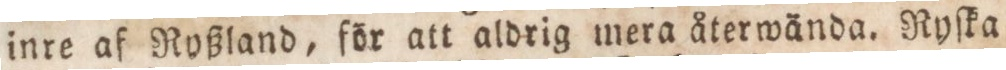
inre af Ryßland, för att aldrig mera återwända. Ryſka